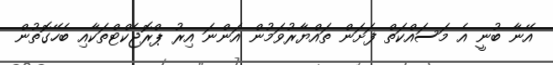
އޭނާ ބުނީ އެ މަސައްކަތް ފަށަން ތައްޔާރުވަމުން އަންނަ އިރު ޕްރޮޖެކްޓްތަކާއި ބެހޭގޮތުން